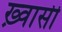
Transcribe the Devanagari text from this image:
ख़्वासी